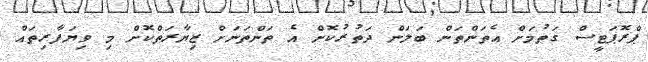
ޕްރޮޕަޓީސް ގަތުމަށް އެތަންތަން ބަލަން ދަތުރުކޮށް އެ ތަންތަނަށް ޒިޔާރަތްކޮށް މި ވިޔަފާރިތައް